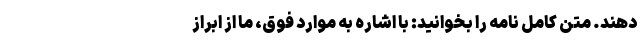
دهند. متن کامل نامه را بخوانید: با اشاره به موارد فوق، ما از ابراز